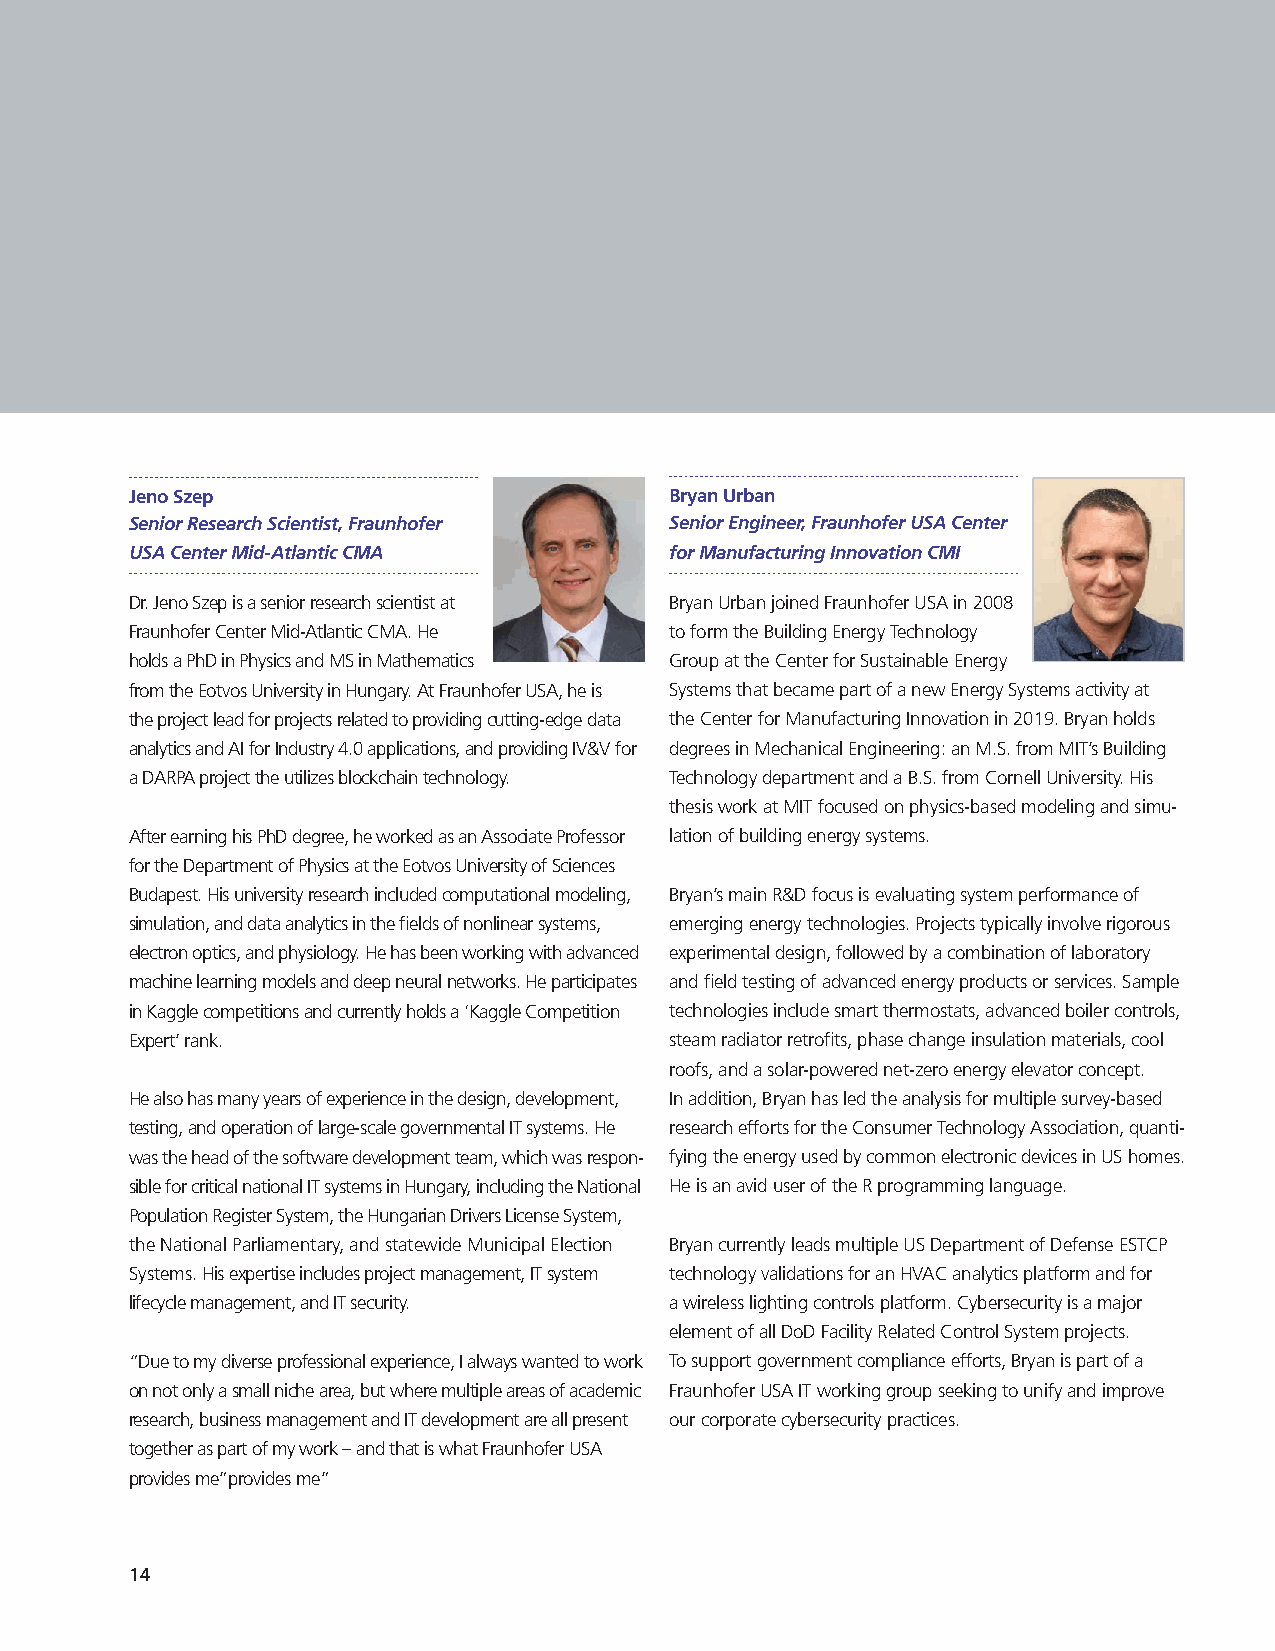
Jeno Szep                          Bryan Urban
 Senior Research Scientist, Fraunhofer Senior Engineer, Fraunhofer USA Center
 USA Center Mid-Atlantic CMA        for Manufacturing Innovation CMI
 Dr. Jeno Szep is a senior research scientist at Bryan Urban joined Fraunhofer USA in 2008
 Fraunhofer Center Mid-Atlantic CMA. He to form the Building Energy Technology
 holds a PhD in Physics and MS in Mathematics Group at the Center for Sustainable Energy
 from the Eotvos University in Hungary. At Fraunhofer USA, he is Systems that became part of a new Energy Systems activity at
 the project lead for projects related to providing cutting-edge data the Center for Manufacturing Innovation in 2019. Bryan holds
 analytics and AI for Industry 4.0 applications, and providing IV&V for degrees in Mechanical Engineering: an M.S. from MIT’s Building
 a DARPA project the utilizes blockchain technology. Technology department and a B.S. from Cornell University. His
 thesis work at MIT focused on physics-based modeling and simu-
 After earning his PhD degree, he worked as an Associate Professor lation of building energy systems.
 for the Department of Physics at the Eotvos University of Sciences
 Budapest. His university research included computational modeling, Bryan’s main R&D focus is evaluating system performance of
 simulation, and data analytics in the fields of nonlinear systems, emerging energy technologies. Projects typically involve rigorous
 electron optics, and physiology. He has been working with advanced experimental design, followed by a combination of laboratory
 machine learning models and deep neural networks. He participates and field testing of advanced energy products or services. Sample
 in Kaggle competitions and currently holds a ‘Kaggle Competition technologies include smart thermostats, advanced boiler controls,
 Expert’ rank.                      steam radiator retrofits, phase change insulation materials, cool
 roofs, and a solar-powered net-zero energy elevator concept.
 He also has many years of experience in the design, development, In addition, Bryan has led the analysis for multiple survey-based
 testing, and operation of large-scale governmental IT systems. He research efforts for the Consumer Technology Association, quanti-
 was the head of the software development team, which was respon- fying the energy used by common electronic devices in US homes.
 sible for critical national IT systems in Hungary, including the National He is an avid user of the R programming language.
 Population Register System, the Hungarian Drivers License System,
 the National Parliamentary, and statewide Municipal Election Bryan currently leads multiple US Department of Defense ESTCP
 Systems. His expertise includes project management, IT system technology validations for an HVAC analytics platform and for
 lifecycle management, and IT security. a wireless lighting controls platform. Cybersecurity is a major
 element of all DoD Facility Related Control System projects.
 “Due to my diverse professional experience, I always wanted to work To support government compliance efforts, Bryan is part of a
 on not only a small niche area, but where multiple areas of academic Fraunhofer USA IT working group seeking to unify and improve
 research, business management and IT development are all present our corporate cybersecurity practices.
 together as part of my work – and that is what Fraunhofer USA
 provides me”provides me”
 14